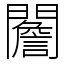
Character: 䦲